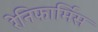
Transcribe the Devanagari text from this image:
रेनिफार्मिस